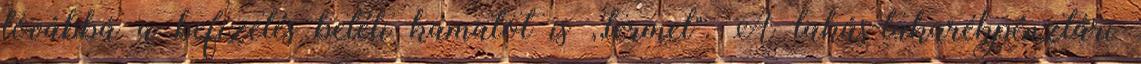
továbbá a befizetés betéti kamatot is ,,termel". A lakás-takarékpénztári